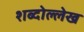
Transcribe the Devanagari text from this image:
शब्दोल्लेख